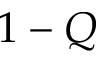
1 - Q